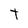
Character: t